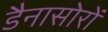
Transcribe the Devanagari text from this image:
डैनासोरों